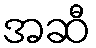
အဆီ